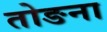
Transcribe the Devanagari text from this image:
तोङना